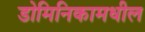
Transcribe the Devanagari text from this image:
डोमिनिकामधील